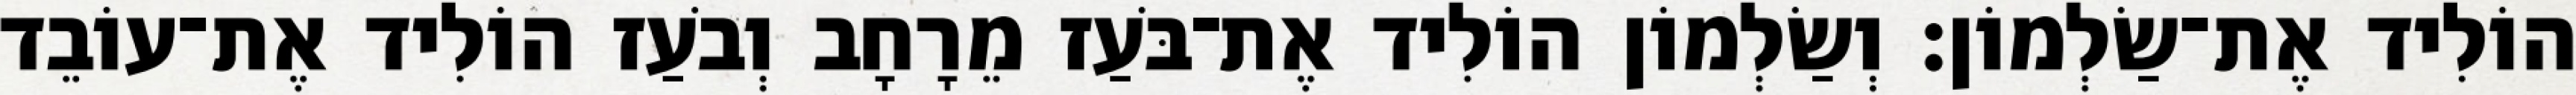
הוֹלִיד אֶת־שַׂלְמוֹן׃ וְשַׂלְמוֹן הוֹלִיד אֶת־בֹּעַז מֵרָחָב וְבֹעַז הוֹלִיד אֶת־עוֹבֵד